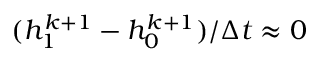
( h _ { 1 } ^ { k + 1 } - h _ { 0 } ^ { k + 1 } ) / \Delta t \approx 0